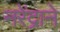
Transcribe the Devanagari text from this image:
नरेंद्राने